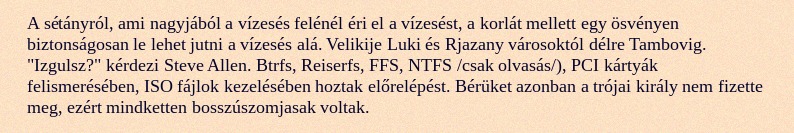
A sétányról, ami nagyjából a vízesés felénél éri el a vízesést, a korlát mellett egy ösvényen biztonságosan le lehet jutni a vízesés alá. Velikije Luki és Rjazany városoktól délre Tambovig. "Izgulsz?" kérdezi Steve Allen. Btrfs, Reiserfs, FFS, NTFS /csak olvasás/), PCI kártyák felismerésében, ISO fájlok kezelésében hoztak előrelépést. Bérüket azonban a trójai király nem fizette meg, ezért mindketten bosszúszomjasak voltak.